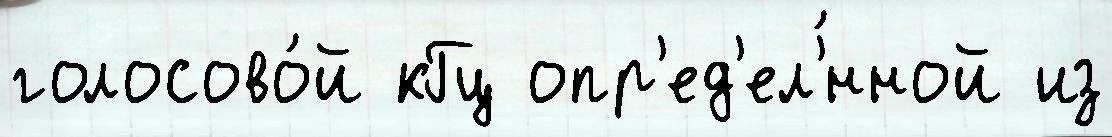
голосово́й кГц опр'ед'ел'́нной из